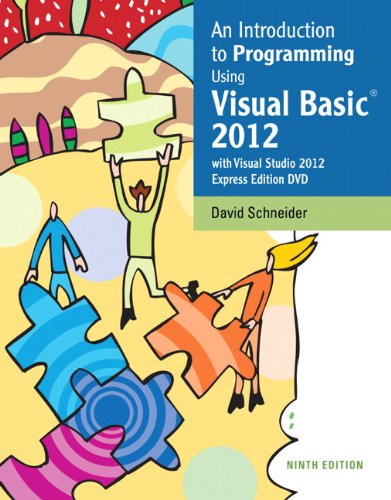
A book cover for An Introduction to Programming Using Visual Basic 2012(w/Visual Studio 2012 Express Edition DVD) (9th Edition); David I. Schneider; Computers & Technology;